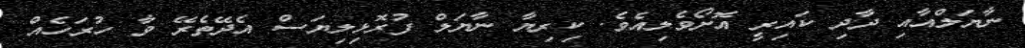
ނާޔަލްއާއި ދާދި ކައިރީ އޮށޯވެލިއެވެ. ކިރިޔާ ނާޔަލް ފުރޮޅިލިޔަސް އެދޭތެރޭ ވާ ހުރަހެއް